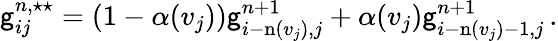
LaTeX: \begin{array}{r}{\mathsf{g}_{ij}^{n,\star\star}=(1-\alpha(v_{j}))\mathsf{g}_{i-\mathrm{n}(v_{j}),j}^{n+1}+\alpha(v_{j})\mathsf{g}_{i-\mathrm{n}(v_{j})-1,j}^{n+1}\, .}\end{array}